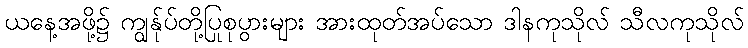
ယနေ့အဖို့၌ ကျွန်ုပ်တို့ပြုစုပွားများ အားထုတ်အပ်သော ဒါနကုသိုလ် သီလကုသိုလ်